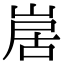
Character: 𭖱